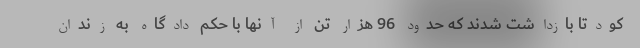
کودتا بازداشت شدند که حدود 96 هزار تن از آنها با حکم دادگاه به زندان